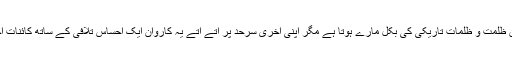
لمحوں اور ثانیوں کو جوڑ جوڑ کر کئی گھنٹوں پر محیط یہ کاروان ظلمت و ظلمات تاریکی کی بکل مارے ہوتا ہے مگر اپنی آخری سرحد پر آتے آتے یہ کاروان ایک احساس تلافی کے ساتھ کائنات احساس وبصارت کو صبح کی روشنی کا نورانی تحفہ دے جاتا ہے۔